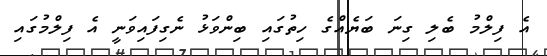
އެ ފިލްމު ބެލި ގިނަ ބަޔެއްގެ ހިތުގައި ބިންވަޅު ނެގިފައިވަނީ އެ ފިލްމުގައި